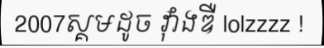
2007ស្គមដូច វ៉ាំងឌឺ lolzzzz !